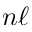
n \ell